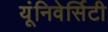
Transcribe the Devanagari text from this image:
यूंनिवेर्सिटी